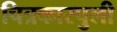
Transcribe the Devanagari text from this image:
चित्रकारपुली